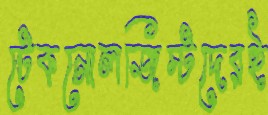
টেকনোলজিস্টদেরই